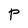
Character: P